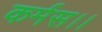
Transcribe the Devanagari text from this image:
कर्मस।।